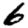
Digit: 6